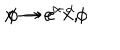
x \rightarrow e ^ { \alpha } x , \hspace { 1 c m } \phi \rightarrow e ^ { - \alpha } \phi